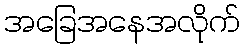
အခြေအနေအလိုက်